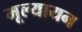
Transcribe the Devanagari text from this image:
मूल्यायन